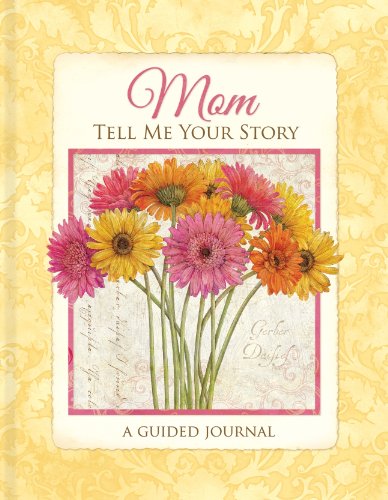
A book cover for Mom Tell Me Your Story; Literature & Fiction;